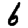
Digit: 6